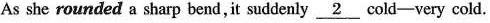
As she rounded a sharp bend, it suddenly \underline{2} cold-very cold.